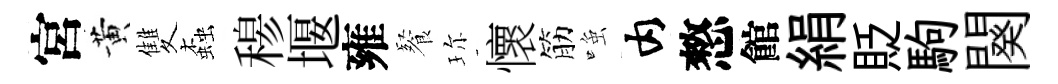
宮黄雙螙𥠇堰雍餐珎懷筋𫪻内憗館絹貶駒闋